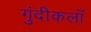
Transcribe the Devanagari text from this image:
गुंदीकलाँ